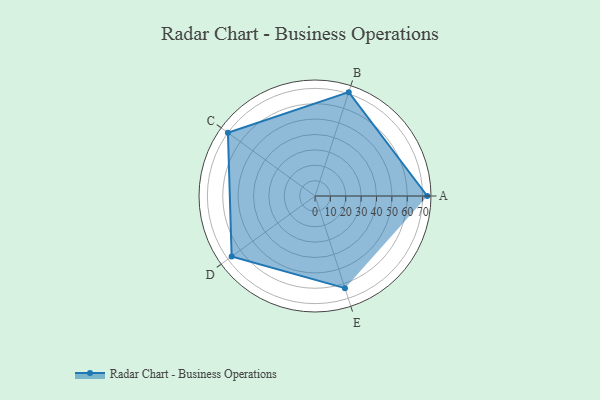
{"axis": {"x": "Skill", "y": "Score"}, "legend": ["Profile"], "data": [{"x": "A", "y": 73.0, "type": "Profile"}, {"x": "B", "y": 71.0, "type": "Profile"}, {"x": "C", "y": 70.0, "type": "Profile"}, {"x": "D", "y": 67.0, "type": "Profile"}, {"x": "E", "y": 63.0, "type": "Profile"}]}